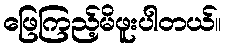
ဖြေကြည့်မိဖူးပါတယ်။